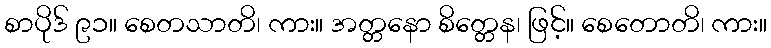
စာပိုဒ် ၉၁။ စေတသာတိ၊ ကား။ အတ္တနော စိတ္တေန၊ ဖြင့်။ စေတောတိ၊ ကား။